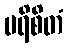
ပရိစိတံ